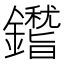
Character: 鑙